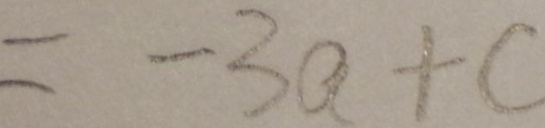
= - 3 a + c